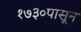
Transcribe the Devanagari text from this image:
१७३०पासून